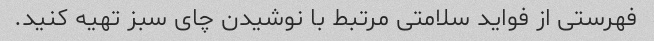
فهرستی از فواید سلامتی مرتبط با نوشیدن چای سبز تهیه کنید.